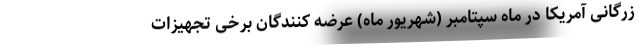
زرگانی آمریکا در ماه سپتامبر (شهریور ماه) عرضه کنندگان برخی تجهیزات